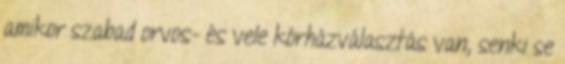
amikor szabad orvos- és vele kórházválasztás van, senki se